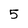
Character: 5